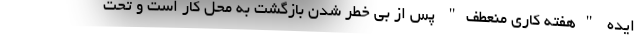
ایده "هفته کاری منعطف" پس از بی خطر شدن بازگشت به محل کار است و تحت